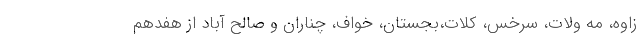
زاوه، مه ولات، سرخس، کلات،بجستان، خواف، چناران و صالح آباد از هفدهم